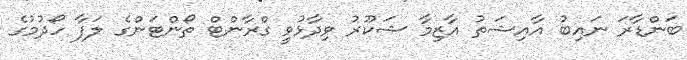
ބަންޑާރަ ނައިބު އާއިޝަތު އާޒިމާ ޝަކޫރު ވިދާޅުވީ ގްރާންޓް ތޯންޓަންގެ ލަފާ ހޯދުމުގެ